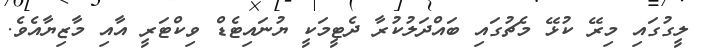
ލީގުގައި މިރޭ ކުޅޭ މެޗުގައި ބައްދަލުކުރާ ދެޓީމަކީ ޔުނައިޓެޑް ވިކްޓަރީ އާއި މާޒިޔާއެވެ.